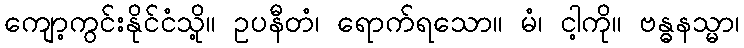
ကျော့ကွင်းနိုင်ငံသို့။ ဥပနီတံ၊ ရောက်ရသော။ မံ၊ ငါ့ကို။ ဗန္ဓနသ္မာ၊